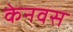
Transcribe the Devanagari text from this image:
केनवस